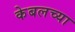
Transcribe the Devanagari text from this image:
केबलच्या